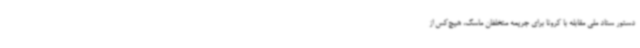
دستور ستاد ملی مقابله با کرونا برای جریمه متخلفان ماسک، هیچ‌کس از